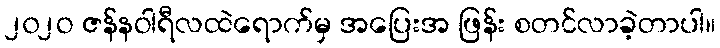
၂၀၂ဝ ဇန်နဝါရီလထဲရောက်မှ အပြေးအ ဖြန်း စတင်လာခဲ့တာပါ။